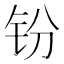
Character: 𫟴